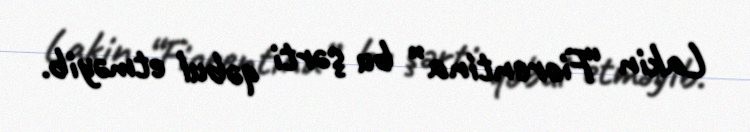
Lakin “Fiorentina” bu şərti qəbul etməyib.